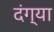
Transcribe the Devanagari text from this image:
दंग्या